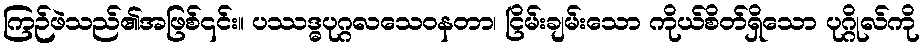
ကြဉ်ဖဲသည်၏အဖြစ်၎င်း။ ပဿဒ္ဓပုဂ္ဂလသေဝနတာ၊ ငြိမ်းချမ်းသော ကိုယ်စိတ်ရှိသော ပုဂ္ဂိုလ်ကို